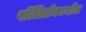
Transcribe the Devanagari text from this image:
पॉलिडोकानोल